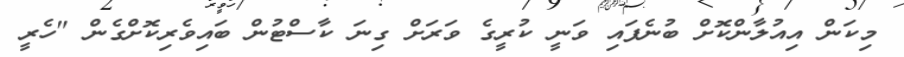
މިކަން އިއުލާންކޮށް ބުނެފައި ވަނީ ކުރީގެ ވަރަށް ގިނަ ކާސްޓުން ބައިވެރިކޮށްގެން "ހެރީ